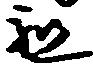
祖